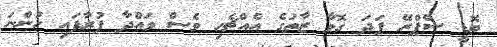
ބޮޑީ ސްޕްރޭ ފަދަ ގޮވާ ޒާތުގެ އެއްޗެހި ވެސް ވައްދާ ފުރާފައި ހުންނަ